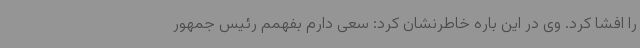
را افشا کرد. وی در این باره خاطرنشان کرد: سعی دارم بفهمم رئیس جمهور